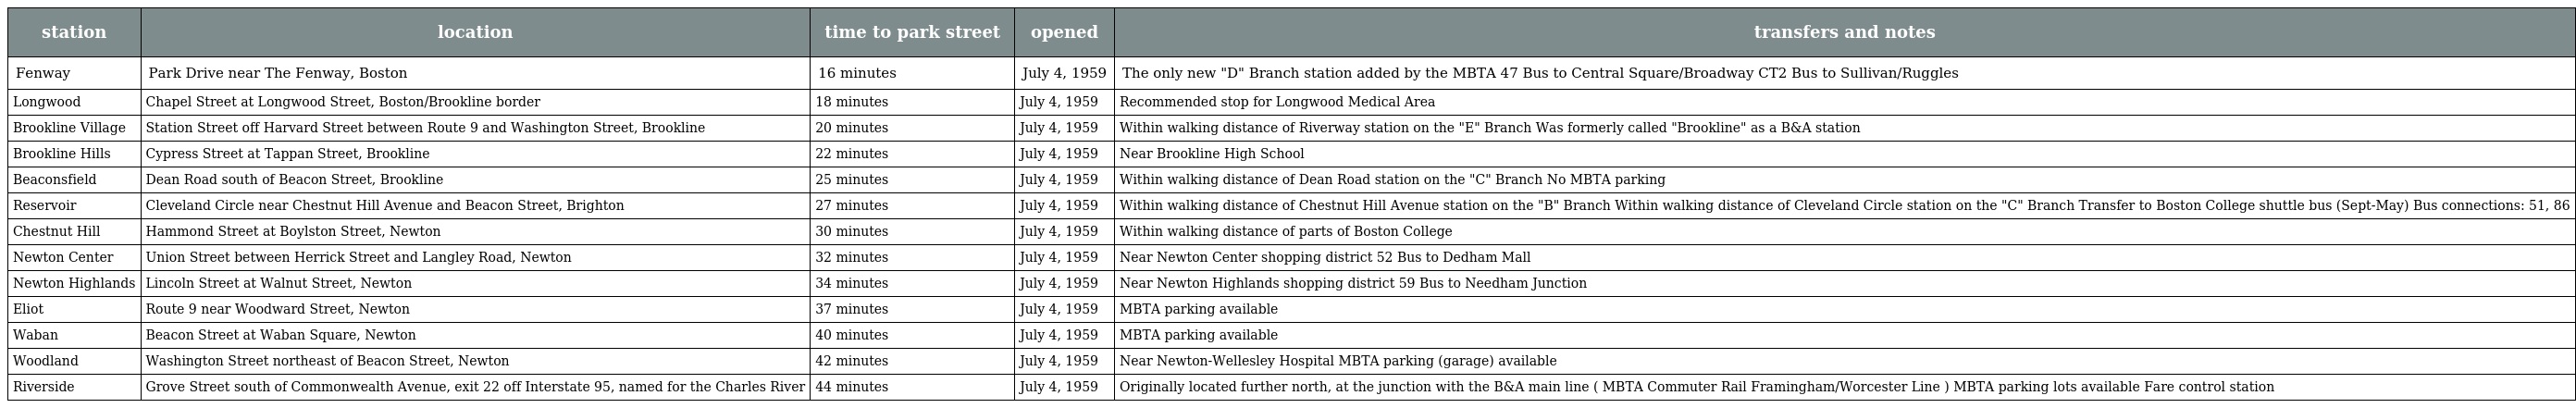
| station | location | time to park street | opened | transfers and notes |
 | --- | --- | --- | --- | --- |
 | Fenway | Park Drive near The Fenway, Boston | 16 minutes | July 4, 1959 | The only new "D" Branch station added by the MBTA 47 Bus to Central Square/Broadway CT2 Bus to Sullivan/Ruggles |
 | Longwood | Chapel Street at Longwood Street, Boston/Brookline border | 18 minutes | July 4, 1959 | Recommended stop for Longwood Medical Area |
 | Brookline Village | Station Street off Harvard Street between Route 9 and Washington Street, Brookline | 20 minutes | July 4, 1959 | Within walking distance of Riverway station on the "E" Branch Was formerly called "Brookline" as a B&A station |
 | Brookline Hills | Cypress Street at Tappan Street, Brookline | 22 minutes | July 4, 1959 | Near Brookline High School |
 | Beaconsfield | Dean Road south of Beacon Street, Brookline | 25 minutes | July 4, 1959 | Within walking distance of Dean Road station on the "C" Branch No MBTA parking |
 | Reservoir | Cleveland Circle near Chestnut Hill Avenue and Beacon Street, Brighton | 27 minutes | July 4, 1959 | Within walking distance of Chestnut Hill Avenue station on the "B" Branch Within walking distance of Cleveland Circle station on the "C" Branch Transfer to Boston College shuttle bus (Sept-May) Bus connections: 51, 86 |
 | Chestnut Hill | Hammond Street at Boylston Street, Newton | 30 minutes | July 4, 1959 | Within walking distance of parts of Boston College |
 | Newton Center | Union Street between Herrick Street and Langley Road, Newton | 32 minutes | July 4, 1959 | Near Newton Center shopping district 52 Bus to Dedham Mall |
 | Newton Highlands | Lincoln Street at Walnut Street, Newton | 34 minutes | July 4, 1959 | Near Newton Highlands shopping district 59 Bus to Needham Junction |
 | Eliot | Route 9 near Woodward Street, Newton | 37 minutes | July 4, 1959 | MBTA parking available |
 | Waban | Beacon Street at Waban Square, Newton | 40 minutes | July 4, 1959 | MBTA parking available |
 | Woodland | Washington Street northeast of Beacon Street, Newton | 42 minutes | July 4, 1959 | Near Newton-Wellesley Hospital MBTA parking (garage) available |
 | Riverside | Grove Street south of Commonwealth Avenue, exit 22 off Interstate 95, named for the Charles River | 44 minutes | July 4, 1959 | Originally located further north, at the junction with the B&A main line ( MBTA Commuter Rail Framingham/Worcester Line ) MBTA parking lots available Fare control station |